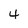
Character: 4